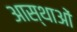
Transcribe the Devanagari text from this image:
आस्‍थाओं